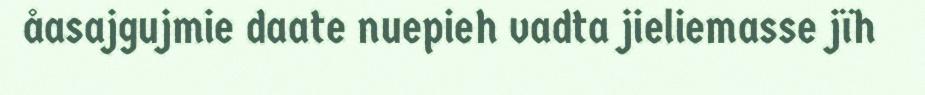
åasajgujmie daate nuepieh vadta jieliemasse jïh